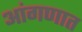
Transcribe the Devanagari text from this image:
आंगणात